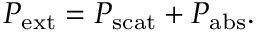
\begin{array} { r } { P _ { \mathrm { e x t } } = P _ { \mathrm { s c a t } } + P _ { \mathrm { a b s } } . } \end{array}